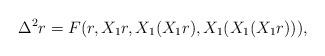
LaTeX: \begin{align*}\Delta^2r=F(r,X_1r,X_1(X_1r),X_1(X_1(X_1r))),\end{align*}